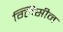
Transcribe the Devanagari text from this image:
ग्लिसीन